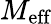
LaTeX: M_{\textrm{eff}}